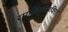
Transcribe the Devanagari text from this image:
रागविलासविरह